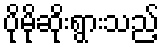
ပိုမိုဆိုးရွားသည့်